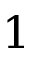
1